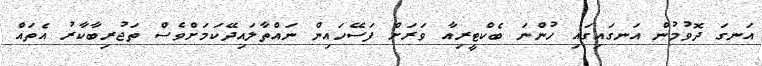
އަނގަ ދޮވުމުން އަނގައިގައި ހުންނަ ބެކްޓީރިއާ ވަރަށް ފަސޭހައިން ނައްތާލައިދޭކަމަށްވެސް ތަޖުރިބާކާރު އެތައް